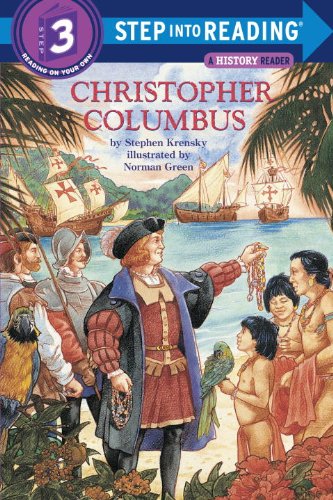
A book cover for Christopher Columbus (Step into Reading, Step 3, Grades 1-3); Stephen Krensky; Children's Books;